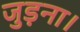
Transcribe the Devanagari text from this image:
जुड़ना।